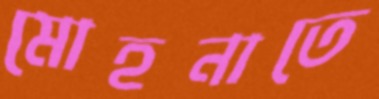
মোহনাতে